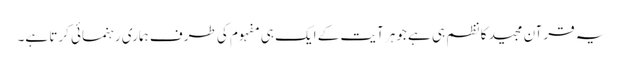
یہ قرآن مجید کا نظم ہی ہے جوہر آیت کے ایک ہی مفہوم کی طرف ہماری رہنمائی کرتا ہے۔